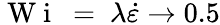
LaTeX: \mathrm{~W~i~}~=~\lambda\dot{\varepsilon}\rightarrow 0.5